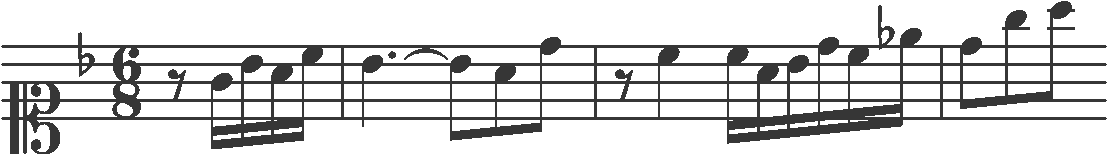
Transcription: clef-C1 keySignature-FM timeSignature-6/8 rest-eighth note-G4_sixteenth note-Bb4_sixteenth note-A4_sixteenth note-C5_sixteenth barline note-Bb4_quarter. tie note-Bb4_eighth note-A4_eighth note-D5_eighth barline rest-eighth note-C5_quarter note-C5_sixteenth note-A4_sixteenth note-Bb4_sixteenth note-D5_sixteenth note-C5_sixteenth note-Eb5_sixteenth barline note-D5_eighth note-G5_eighth note-A5_eighth